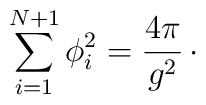
\sum_{i=1}^{N+1} \phi_{i}^{2} = {4\pi\over g^{2}}\,\cdotp